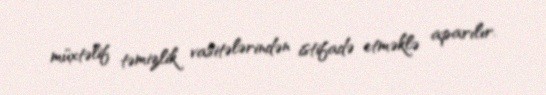
müxtəlif təmizlik vasitələrindən istifadə etməklə aparılır.